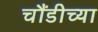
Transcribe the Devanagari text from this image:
चौंडीच्या